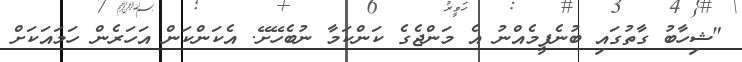
"ޝިހާބު ގާތުގައި ބުނެފީމެއްނު އެ މަންޖެގެ ކަންކަމާ ނުބެހޭށޭ. އެކަންކަން އަހަރެން ހަމައަކަށް